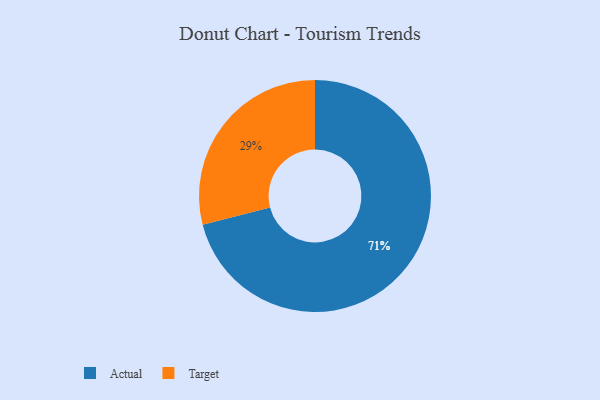
{"axis": {"x": "Category", "y": "Percentage"}, "legend": ["Actual", "Target"], "data": [{"x": "Actual", "y": 71, "type": "Actual"}, {"x": "Target", "y": 29, "type": "Target"}]}